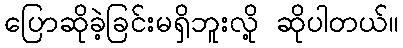
ပြောဆိုခဲ့ခြင်းမရှိဘူးလို့ ဆိုပါတယ်။